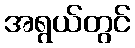
အရွယ်တွင်